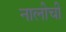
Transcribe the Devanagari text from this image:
नालीची